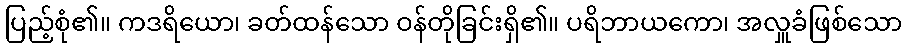
ပြည့်စုံ၏။ ကဒရိယော၊ ခတ်ထန်သော ဝန်တိုခြင်းရှိ၏။ ပရိဘာယကော၊ အလှူခံဖြစ်သော